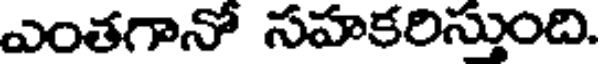
ఎంతగానో సహకరిస్తుంది.